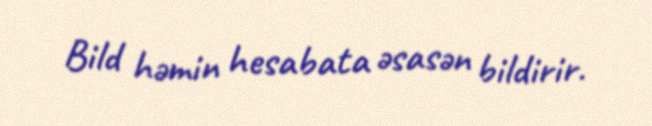
Bild həmin hesabata əsasən bildirir.